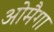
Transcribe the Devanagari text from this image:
ओमैगा